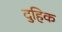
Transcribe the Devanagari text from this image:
दुहिक